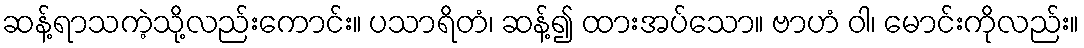
ဆန့်ရာသကဲ့သို့လည်းကောင်း။ ပသာရိတံ၊ ဆန့်၍ ထားအပ်သော။ ဗာဟံ ဝါ၊ မောင်းကိုလည်း။